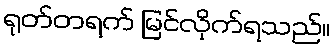
ရုတ်တရက် မြင်လိုက်ရသည်။